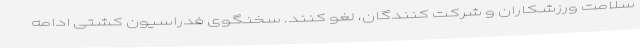
سلامت ورزشکاران و شرکت کنندگان، لغو کنند. سخنگوی فدراسیون کشتی ادامه